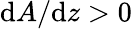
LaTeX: \mathrm{d}A/\mathrm{d}z>0